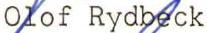
Olof Rydbeck